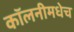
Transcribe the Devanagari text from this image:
कॉलनीमधेच